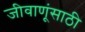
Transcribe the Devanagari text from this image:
जीवाणूंसाठी